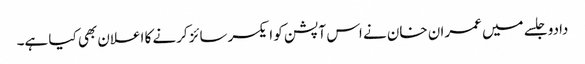
دادو جلسے میں عمران خان نے اس آپشن کو ایکسرسائز کرنے کا اعلان بھی کیا ہے۔